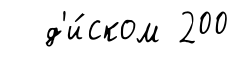
д'и́ском 200